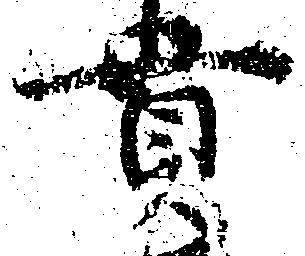
貫